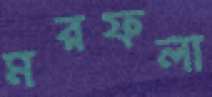
মরফলা